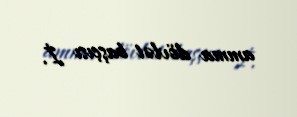
amma dövlət başçısı İ.